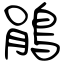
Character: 鵑